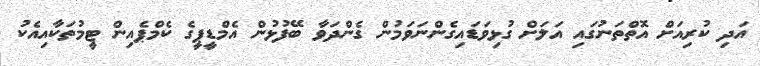
އަދި ކުރިއަށް އޮތްތަނުގައި އަލަށް ގުޅިވަޑައިގެންނަވަމުން ގެންދަވާ ބޭފުޅުން އެމްޑީޕީގެ ކެމްޕެއިން ޓީމުތަކާއިއެކު